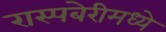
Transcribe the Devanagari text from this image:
रास्पबेरीमध्ये